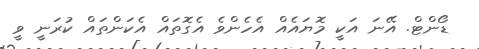
ޑޯންޓް. އޭނަ އަކީ މޮޔައެއް އެހެންވެ އެގޮތައް އެކަންތައް ކުރަނީ ވީ